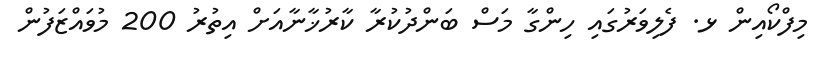
މިފްކޯއިން ޅ. ފެލިވަރުގައި ހިންގާ މަސް ބަންދުކުރާ ކާރުޚާނާއަށް އިތުރު 200 މުވައްޒަފުން